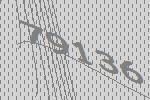
79136